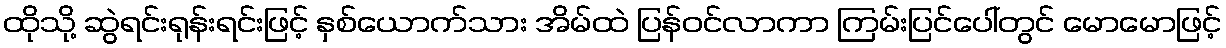
ထိုသို့ ဆွဲရင်းရုန်းရင်းဖြင့် နှစ်ယောက်သား အိမ်ထဲ ပြန်ဝင်လာကာ ကြမ်းပြင်ပေါ်တွင် မောမောဖြင့်